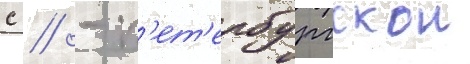
с // - п'ет'ербургскои